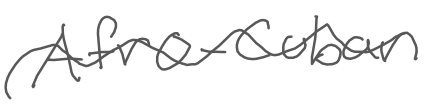
Text: Afro-Cuban
Cross-out: wave
Writing tool: digital_gray